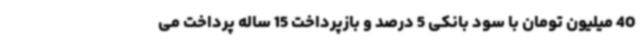
40 میلیون تومان با سود بانکی 5 درصد و بازپرداخت 15 ساله پرداخت می